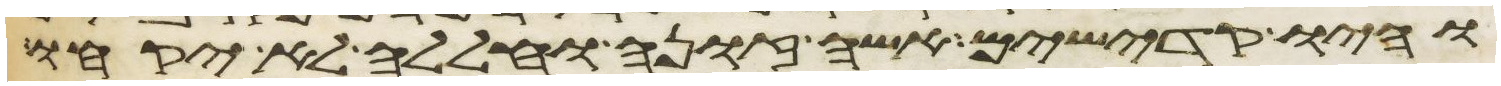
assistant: והיו קדישים אשה זונה וחללה לא יקחו